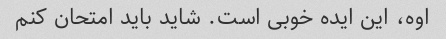
اوه، این ایده خوبی است. شاید باید امتحان کنم